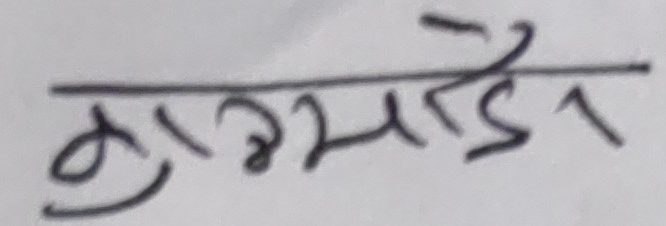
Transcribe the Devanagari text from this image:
सुखमाडेर